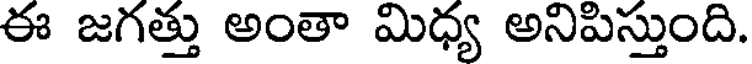
ఈ జగత్తు అంతా మిధ్య అనిపిస్తుంది.